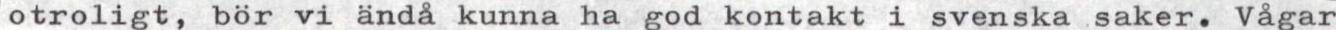
otroligt, bör vi ändå kunna ha god kontakt i svenska saker. Vågar